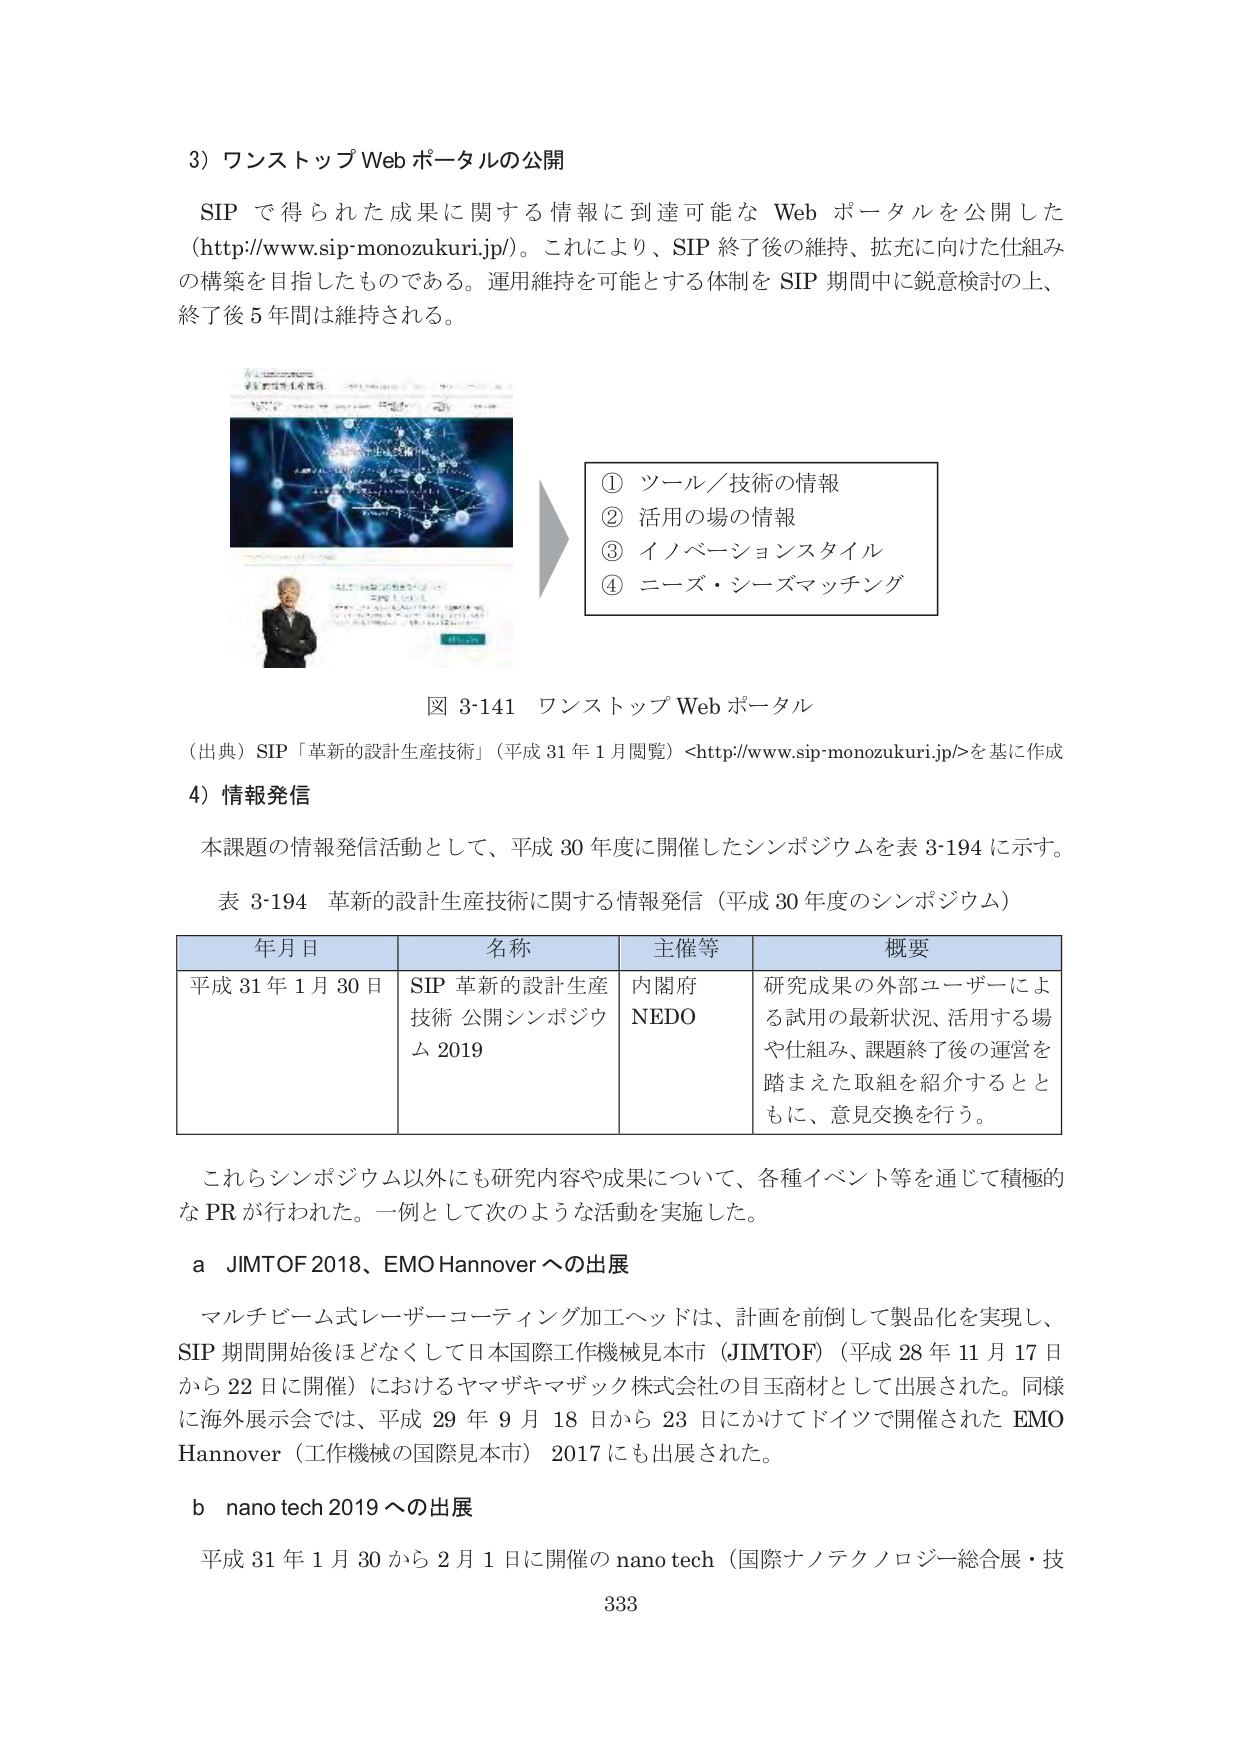
3) ワンストップWebポータルの公開

SIP で得られた成果に関する情報に到達可能な Web ポータルを公開した (http://www.sip-monozukuri.jp/)。これにより、SIP 終了後の維持、拡充に向けた仕組みの構築を目指したものである。運用維持を可能とする体制を SIP 期間中に鋭意検討の上、終了後 5 年間は維持される。

① ツール／技術の情報
② 活用の場の情報
③ イノベーションスタイル
④ ニーズ・シーズマッチング

図 3-141 ワンストップWebポータル
（出典）SIP「革新的設計生産技術」（平成 31 年 1 月閲覧）<http://www.sip-monozukuri.jp/>を基に作成

4) 情報発信

本課題の情報発信活動として、平成 30 年度に開催したシンポジウムを表 3-194 に示す。

表 3-194 革新的設計生産技術に関する情報発信（平成 30 年度のシンポジウム）

| 年月日 | 名称 | 主催等 | 概要 |
|--------|------|--------|------|
| 平成 31 年 1 月 30 日 | SIP 革新的設計生産技術 公開シンポジウム 2019 | 内閣府 NEDO | 研究成果の外部ユーザーによる試用の最新状況、活用する場や仕組み、課題終了後の運営を踏まえた取組を紹介するとともに、意見交換を行う。 |

これらシンポジウム以外にも研究内容や成果について、各種イベント等を通じて積極的な PR が行われた。一例として次のような活動を実施した。

a JIMTOF 2018、EMO Hannover への出展

マルチビーム式レーザーコーティング加工ヘッドは、計画を前倒して製品化を実現し、SIP 期間開始後ほどなくして日本国際工作機械見本市（JIMTOF）（平成 28 年 11 月 17 日から 22 日に開催）におけるヤマザキマザック株式会社の目玉商材として出展された。同様に海外展示会では、平成 29 年 9 月 18 日から 23 日にかけてドイツで開催された EMO Hannover（工作機械の国際見本市）2017 にも出展された。

b nano tech 2019 への出展

平成 31 年 1 月 30 から 2 月 1 日に開催の nano tech（国際ナノテクノロジー総合展・技

333